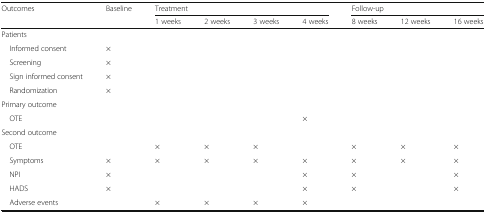
<table><thead><tr><td rowspan="2"><b>Outcomes</b></td><td rowspan="2"><b>Baseline</b></td><td colspan="4"><b>Treatment</b></td><td colspan="3"><b>Follow-up</b></td></tr><tr><td><b>1 weeks</b></td><td><b>2 weeks</b></td><td><b>3 weeks</b></td><td><b>4 weeks</b></td><td><b>8 weeks</b></td><td><b>12 weeks</b></td><td><b>16 weeks</b></td></tr></thead><tbody><tr><td colspan="9">Patients</td></tr><tr><td> Informed consent</td><td>×</td><td></td><td></td><td></td><td></td><td></td><td></td><td></td></tr><tr><td> Screening</td><td>×</td><td></td><td></td><td></td><td></td><td></td><td></td><td></td></tr><tr><td> Sign informed consent</td><td>×</td><td></td><td></td><td></td><td></td><td></td><td></td><td></td></tr><tr><td> Randomization</td><td>×</td><td></td><td></td><td></td><td></td><td></td><td></td><td></td></tr><tr><td colspan="9">Primary outcome</td></tr><tr><td> OTE</td><td></td><td></td><td></td><td></td><td>×</td><td></td><td></td><td></td></tr><tr><td colspan="9">Second outcome</td></tr><tr><td> OTE</td><td></td><td>×</td><td>×</td><td>×</td><td></td><td>×</td><td>×</td><td>×</td></tr><tr><td> Symptoms</td><td>×</td><td>×</td><td>×</td><td>×</td><td>×</td><td>×</td><td>×</td><td>×</td></tr><tr><td> NPI</td><td>×</td><td></td><td></td><td></td><td>×</td><td>×</td><td></td><td>×</td></tr><tr><td> HADS</td><td>×</td><td></td><td></td><td></td><td>×</td><td>×</td><td></td><td>×</td></tr><tr><td> Adverse events</td><td></td><td>×</td><td>×</td><td>×</td><td>×</td><td></td><td></td><td></td></tr></tbody></table>